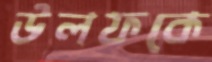
উলফকে